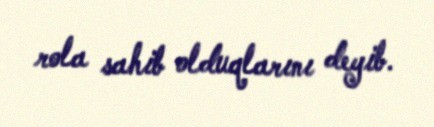
rola sahib olduqlarını deyib.